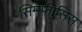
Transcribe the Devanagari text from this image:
सिमफीसिस